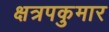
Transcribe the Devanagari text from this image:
क्षत्रपकुमार